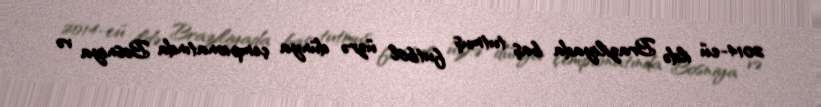
2014-cü ildə Braziliyada baş tutmuş futbol üzrə dünya çempionatında Bosniya və